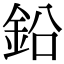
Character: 鉛